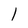
Character: l